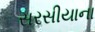
સરસીયાના